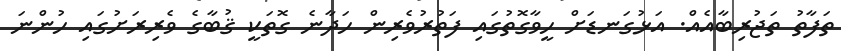
ތަފާތު ތަޖުރިބާއެއް. އަޅުގަނޑަށް ހީވާގޮތުގައި ފަތުރުވެރިން ހަދާނެ ގޮތަކީ ޤުބާގެ ވެރިރަށުގައި ހުންނަ